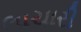
લાચારી